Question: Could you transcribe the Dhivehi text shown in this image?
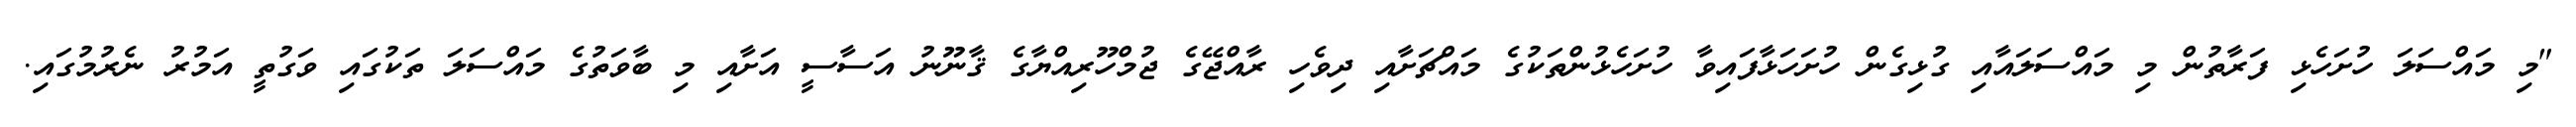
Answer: "މި މައްސަލަ ހުށަހެޅި ފަރާތުން މި މައްސަލައާއި ގުޅިގެން ހުށަހަޅާފައިވާ ހުށަހެޅުންތަކުގެ މައްޗަށާއި ދިވެހި ރާއްޖޭގެ ޖުމްހޫރިއްޔާގެ ޤާނޫނު އަސާސީ އަށާއި މި ބާވަތުގެ މައްސަލަ ތަކުގައި ވަގުތީ އަމުރު ނެރުމުގައި.